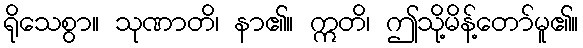
ရိုသေစွာ။ သုဏာတိ၊ နာ၏။ ဣတိ၊ ဤသို့မိန့်တော်မူ၏။